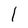
Character: I